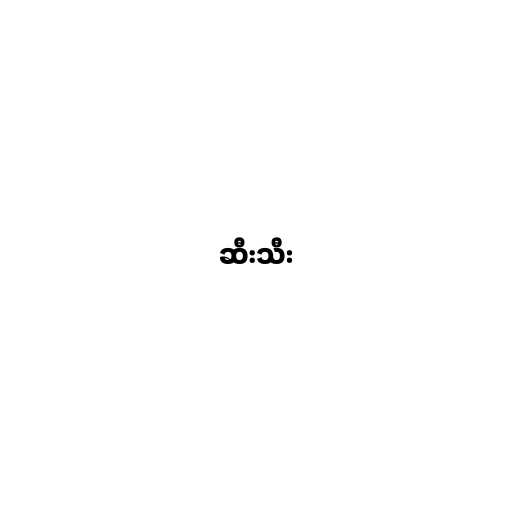
ဆီးသီး